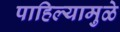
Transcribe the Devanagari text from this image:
पाहिल्यामुळे